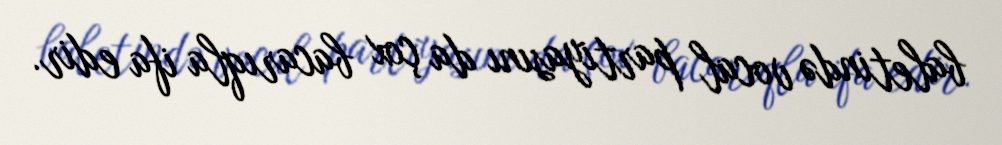
baletində vocal partiyasını da çox bacarıqla ifa edir.